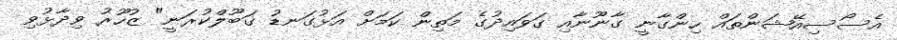
އެސޯސިއޭޝަންތައް ހިންގާނީ ގާނޫނާއި ގަވައިދުގެ މަތިން ކަމަށް އަޅުގަނޑު ގަބޫލްކުރަނީ" ޒުހޫރު ވިދާޅުވި